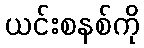
ယင်းစနစ်ကို